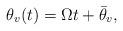
LaTeX: \begin{align*} \theta_v(t) = \Omega t + \bar{\theta}_v,\end{align*}